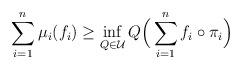
LaTeX: \begin{gather*}\sum_{i=1}^n\mu_i(f_i)\ge\inf_{Q\in\mathcal{U}}Q\Bigl(\,\sum_{i=1}^nf_i\circ\pi_i\Bigr)\end{gather*}